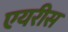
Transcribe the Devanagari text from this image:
एयरीस